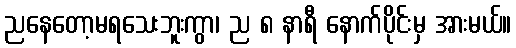
ညနေတော့မရသေးဘူးကွာ၊ ည ၈ နာရီ နောက်ပိုင်းမှ အားမယ်။